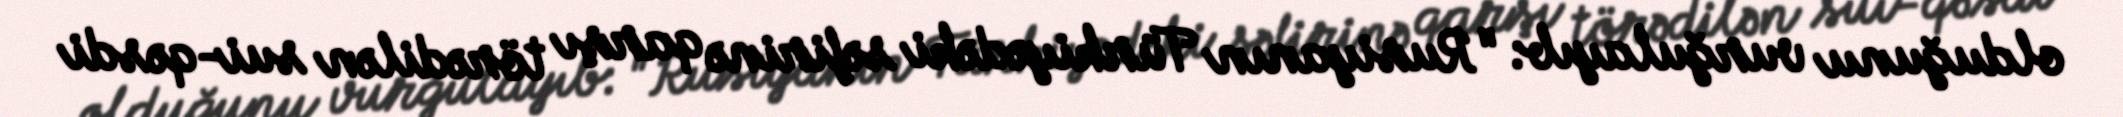
olduğunu vurğulayıb: "Rusiyanın Türkiyədəki səfirinə qarşı törədilən sui-qəsdi